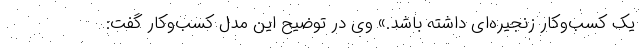
یک کسب‌وکار زنجیره‌ای داشته باشد.» وی در توضیح این مدل کسب‌وکار گفت: